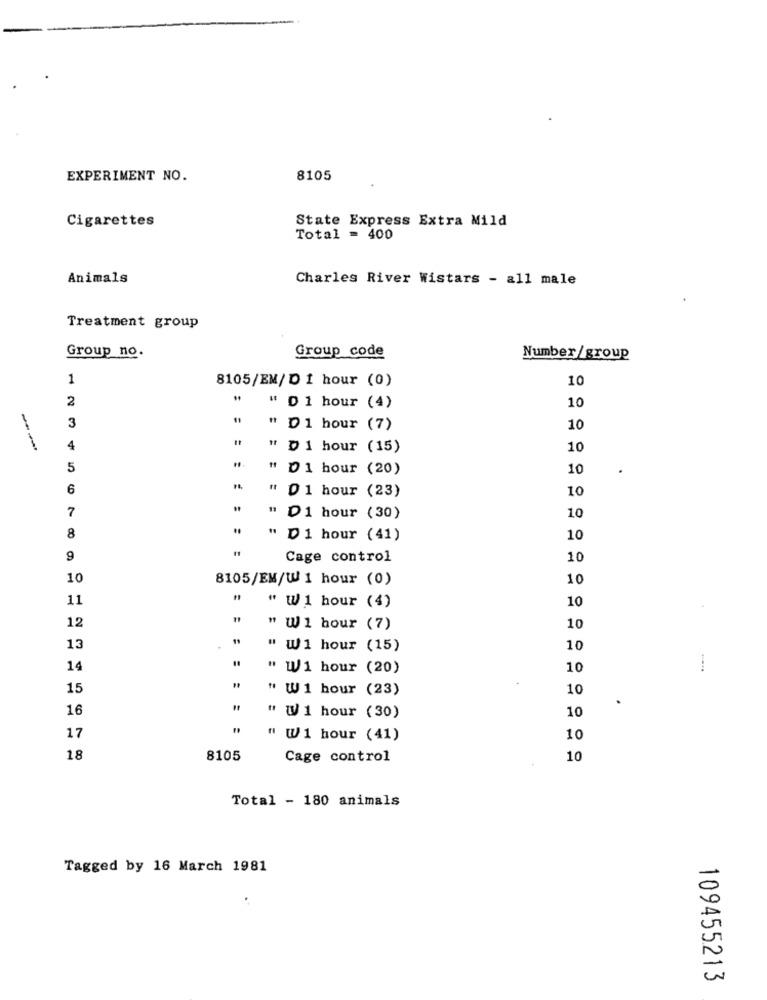
EXPERIMENT NO.
8105
Cigarettes
State Express Extra Mild
Total = 400
Animals
Charles River Wistars - all male
Treatment group
Group no.
Group code
Number/group
1
8105/EM/D 1 hour (0)
10
2
" D 1 hour (4)
10
3
" D1 hour (7)
10
4
" D 1 hour (15)
10
5
" D1 hour (20)
10
6
10
" D 1 hour (23)
7
10
D1 hour (30)
8
D 1 hour (41)
10
9
Cage control
10
10
8105/EM/W 1 hour (0)
10
11
10
" W 1 hour (4)
12
" W1 hour (7)
10
13
" W1 hour (15)
10
14
" W1 hour (20)
10
15
" W1 hour (23)
10
16
10
" W 1 hour (30)
17
" W1 hour (41)
10
18
8105
Cage control
10
Total - 180 animals
Tagged by 16 March 1981
109455213